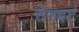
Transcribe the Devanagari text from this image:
सेगबर्ट